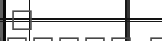
١